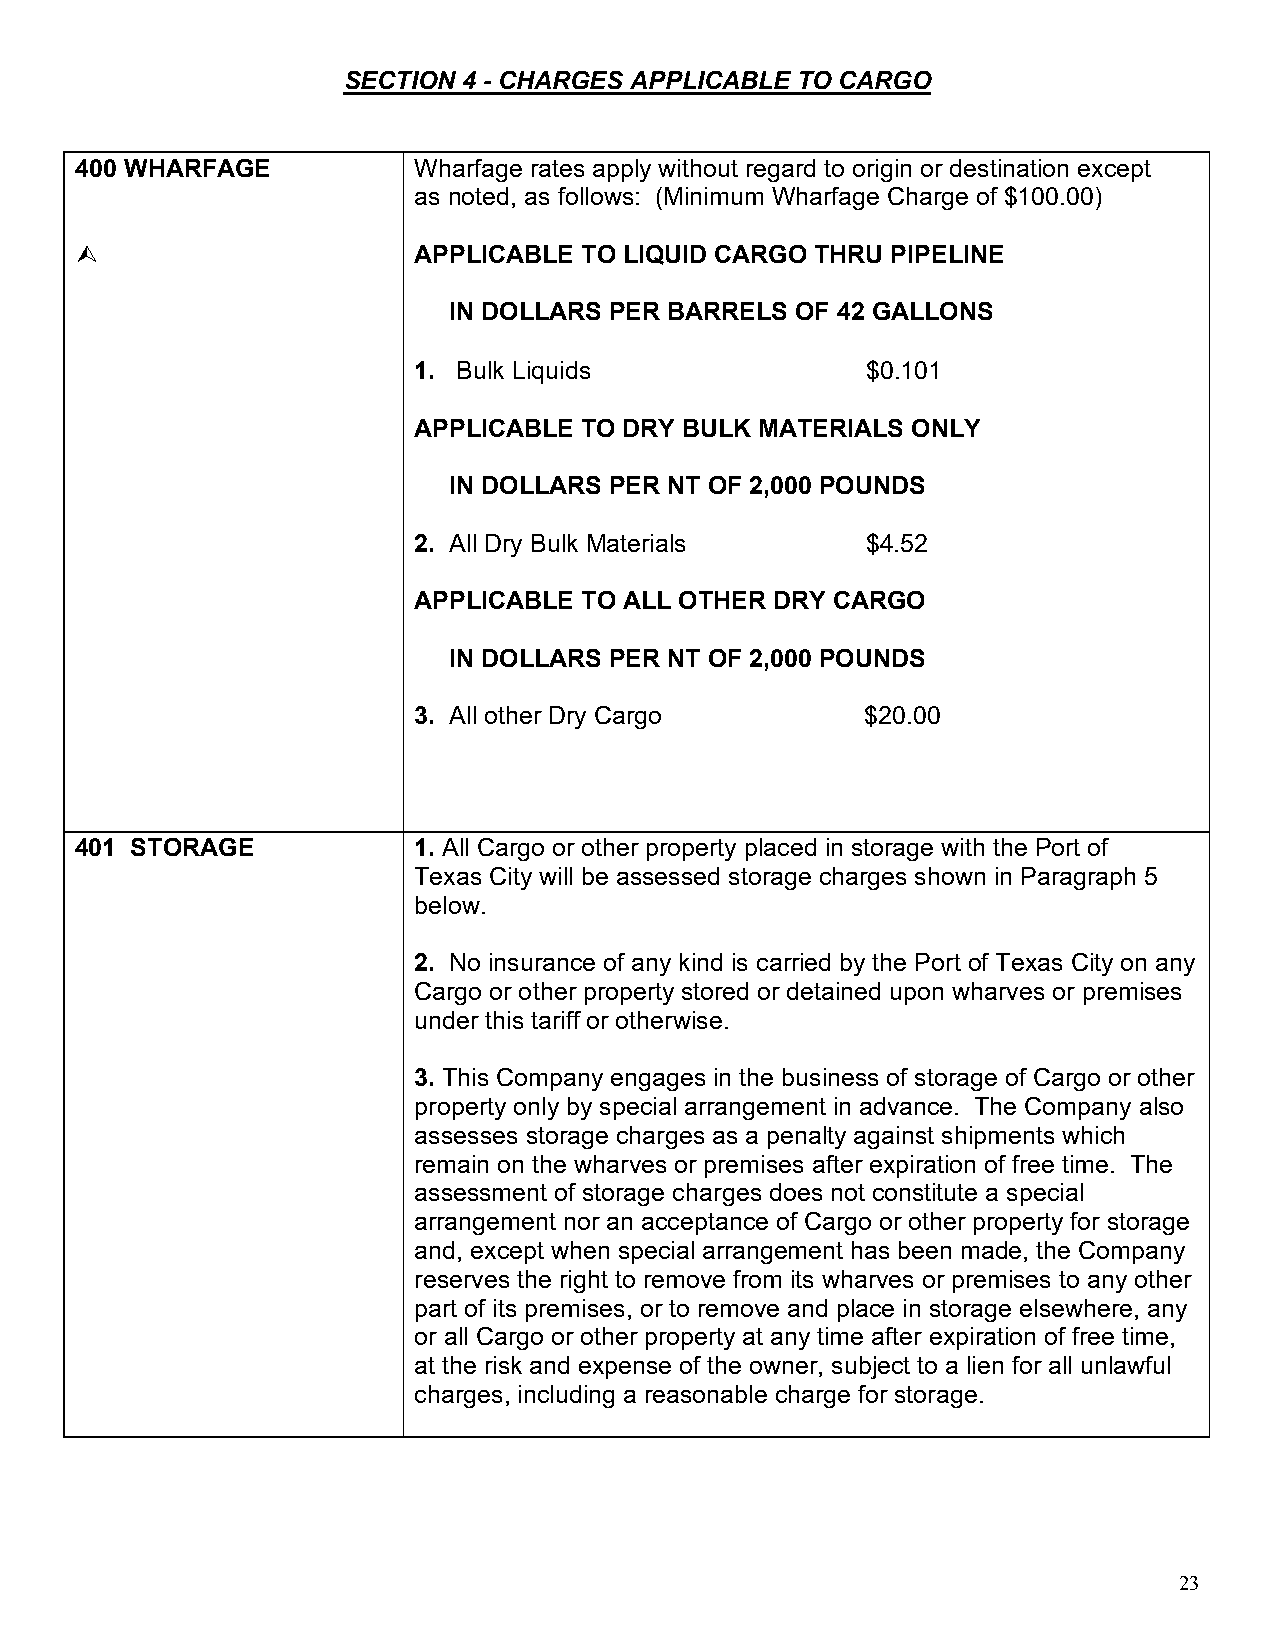
SECTION 4 - CHARGES APPLICABLE TO CARGO
 400 WHARFAGE          Wharfage rates apply without regard to origin or destination except
 as noted, as follows: (Minimum Wharfage Charge of $100.00)
                      APPLICABLE TO LIQUID CARGO THRU PIPELINE
 IN DOLLARS PER BARRELS OF 42 GALLONS
 1. Bulk Liquids               $0.101
 APPLICABLE TO DRY BULK MATERIALS ONLY
 IN DOLLARS PER NT OF 2,000 POUNDS
 2. All Dry Bulk Materials     $4.52
 APPLICABLE TO ALL OTHER DRY CARGO
 IN DOLLARS PER NT OF 2,000 POUNDS
 3. All other Dry Cargo        $20.00
 401 STORAGE           1. All Cargo or other property placed in storage with the Port of
 Texas City will be assessed storage charges shown in Paragraph 5
 below.
 2. No insurance of any kind is carried by the Port of Texas City on any
 Cargo or other property stored or detained upon wharves or premises
 under this tariff or otherwise.
 3. This Company engages in the business of storage of Cargo or other
 property only by special arrangement in advance. The Company also
 assesses storage charges as a penalty against shipments which
 remain on the wharves or premises after expiration of free time. The
 assessment of storage charges does not constitute a special
 arrangement nor an acceptance of Cargo or other property for storage
 and, except when special arrangement has been made, the Company
 reserves the right to remove from its wharves or premises to any other
 part of its premises, or to remove and place in storage elsewhere, any
 or all Cargo or other property at any time after expiration of free time,
 at the risk and expense of the owner, subject to a lien for all unlawful
 charges, including a reasonable charge for storage.
 23